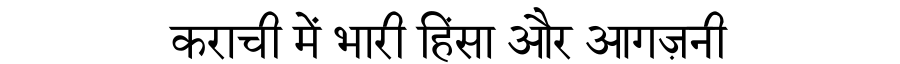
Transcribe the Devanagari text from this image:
कराची में भारी हिंसा और आगज़नी